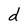
Character: d